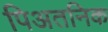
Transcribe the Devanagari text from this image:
पिअतनिक